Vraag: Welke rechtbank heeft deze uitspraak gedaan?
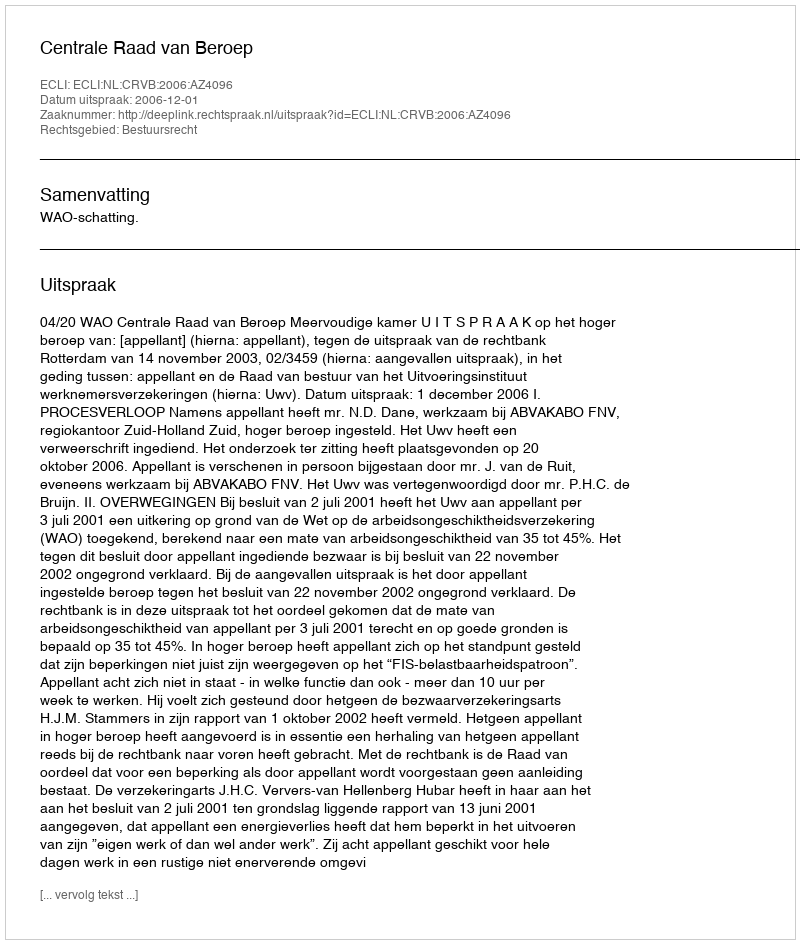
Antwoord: Centrale Raad van Beroep